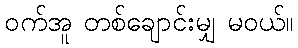
ဝက်အူ တစ်ချောင်းမျှ မဝယ်။